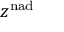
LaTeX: z ^ { \mathrm { n a d } }